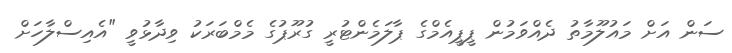
ސަން އަށް މައުލޫމާތު ދެއްވަމުން ޕީޕީއެމްގެ ޕާލަމެންޓުރީ ގުރޫޕުގެ މެމްބަރަކު ވިދާޅުވީ "އެއިސްލާހަށް